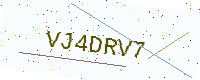
Text: VJ4DRV7